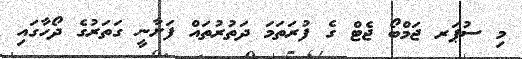
މި ސުޕަރ ޖަމްބޯ ޖެޓް ގެ ފުރަތަމަ ދަތުރުތައް ފަށާނީ ގަތަރުގެ ދޯހާގައި